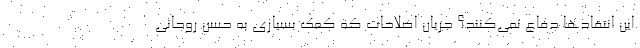
این انتقادها دفاع نمی‌کنند؟ جریان اصلاحات که کمک بسیاری به حسن روحانی